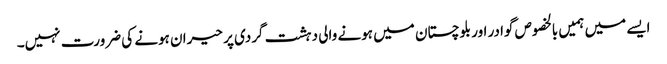
ایسے میں ہمیں بالخصوص گوادر اور بلوچستان میں ہونے والی دہشت گردی پر حیران ہونے کی ضرورت نہیں۔